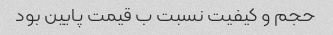
حجم و کیفیت نسبت ب قیمت پایین بود